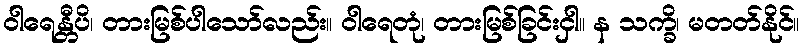
ဝါရေန္တီပိ၊ တားမြစ်ပါသော်လည်း။ ဝါရေတုံ၊ တားမြစ်ခြင်းငှါ။ န သက္ခိ၊ မတတ်နိုင်။